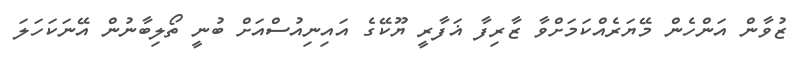
ޒުވާން އަންހެން މޭޔަރެއްކަމަށްވާ ޒާރިފާ ޣަފާރީ ޔޫކޭގެ އައިނިއުސްއަށް ބުނީ ތޯލިބާނުން އޭނަކަހަލަ